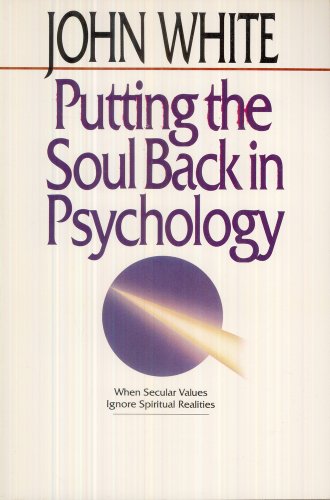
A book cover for Putting the Soul Back in Psychology: When Secular Values Ignore Spiritual Realities (The Pascal lectures on Christianity and the university); John White; Religion & Spirituality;